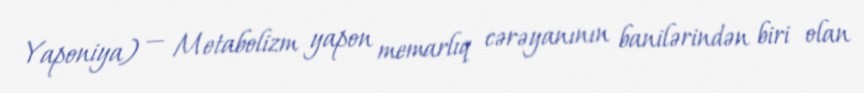
Yaponiya) — Metabolizm yapon memarlıq cərəyanının banilərindən biri olan